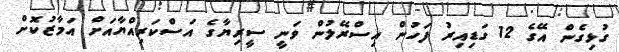
ގުޅިގެން އޭގެ 12 ގަޑިއިރު ފަހުން އިސްރޭލުން ވަނީ ސީރިޔާގެ އަސްކަރިއްޔާއަށް އަމާޒުކޮށް